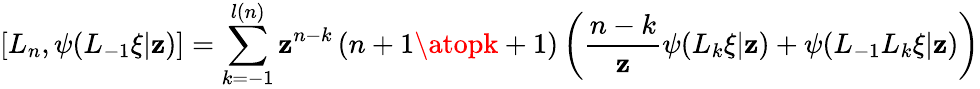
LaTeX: {[}L_{n},\psi(L_{-1}\xi|\mathbf{z}){]}=\sum_{k=-1}^{l(n)}\mathbf{z}^{n-k}\left({n+1\atopk+1}\right)\left(\frac{{n-k}}{{\mathbf{z}}}\psi(L_{k}\xi|\mathbf{z})+\psi(L_{-1}L_{k}\xi|\mathbf{z})\right)